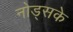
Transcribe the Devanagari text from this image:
नोड्सके